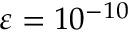
\varepsilon = 1 0 ^ { - 1 0 }